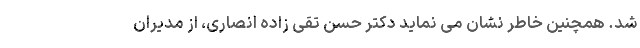
شد. همچنین خاطر نشان می نماید دکتر حسن تقی زاده انصاری، از مدیران